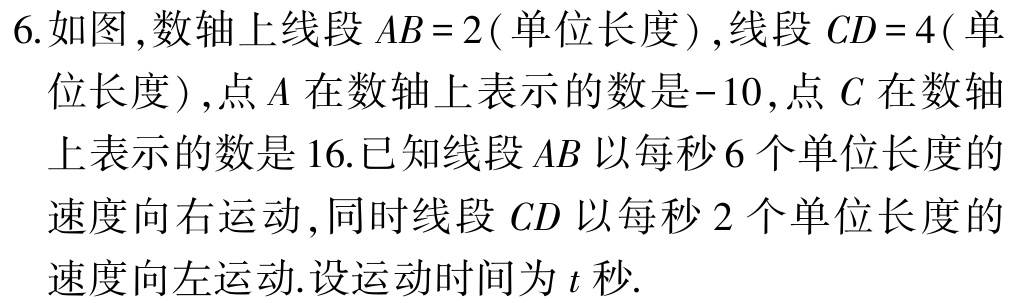
6.如图,数轴上线段 \(AB = 2(\)单位长度\()\),线段 \(CD = 4(\)单

位长度\(),点\(A\)在数轴上表示的数是\(-10\),点\(C\)在数轴

上表示的数是\(16\).已知线段\(AB\)以每秒\(6\)个单位长度的

速度向右运动,同时线段 \(CD\)以每秒\(2\)个单位长度的

速度向左运动.设运动时间为\(t\)秒.